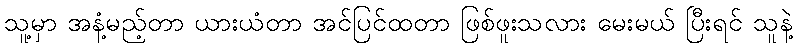
သူ့မှာ အနံ့မည့်တာ ယားယံတာ အင်ပြင်ထတာ ဖြစ်ဖူးသလား မေးမယ် ပြီးရင် သူနဲ့